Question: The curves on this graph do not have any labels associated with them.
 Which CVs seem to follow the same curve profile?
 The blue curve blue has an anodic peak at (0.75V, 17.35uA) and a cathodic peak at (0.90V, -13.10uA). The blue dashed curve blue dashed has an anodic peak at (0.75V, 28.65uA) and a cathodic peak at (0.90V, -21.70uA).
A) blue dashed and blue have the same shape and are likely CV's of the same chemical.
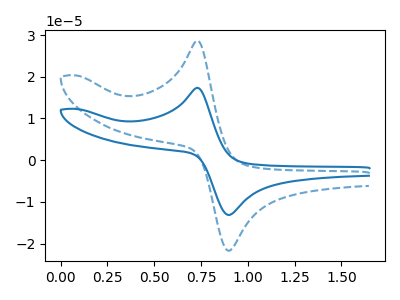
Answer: <think>All the peaks in "blue" have a peak in "blue dashed" at the same potential. Every peak in "blue" is lower than every peak in "blue dashed".
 </think>
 <answer>A) "blue dashed" and "blue" have the same shape and are likely CV's of the same chemical.</answer>
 <eval>A</eval>